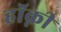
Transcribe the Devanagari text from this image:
हॉक्नी